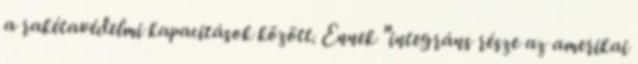
a rakétavédelmi kapacitások között. Ennek "integráns része az amerikai